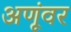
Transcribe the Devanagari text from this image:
अणूंवर